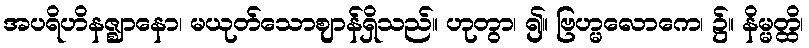
အပရိဟိနဇ္ဈာနော၊ မယုတ်သောဈာန်ရှိသည်။ ဟုတွာ၊ ၍။ ဗြဟ္မလောကေ၊ ၌။ နိမ္မတ္ထိ၊